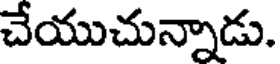
చేయుచున్నాడు.